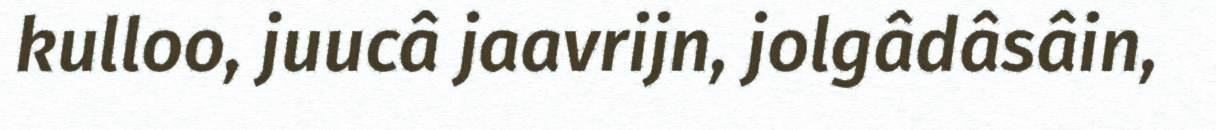
kulloo, juucâ jaavrijn, jolgâdâsâin,